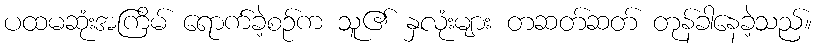
ပထမဆုံးအကြိမ် ရောက်ခဲ့စဉ်က သူ၏ နှလုံးများ တဆတ်ဆတ် တုန်ခါနေခဲ့သည်။